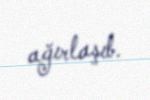
ağırlaşıb.